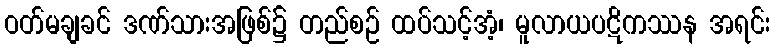
ဝတ်မချခင် ဒဏ်သားအဖြစ်၌ တည်စဉ် ထပ်သင့်အံ့၊ မူလာယပဋိကဿန အရင်း